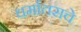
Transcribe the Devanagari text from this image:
धर्मातराचे